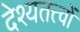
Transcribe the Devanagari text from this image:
देश्यतत्त्वों